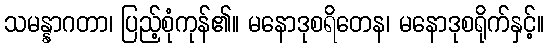
သမန္နာဂတာ၊ ပြည့်စုံကုန်၏။ မနောဒုစရိတေန၊ မနောဒုစရိုက်နှင့်။